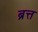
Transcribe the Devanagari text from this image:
ब्रत्त